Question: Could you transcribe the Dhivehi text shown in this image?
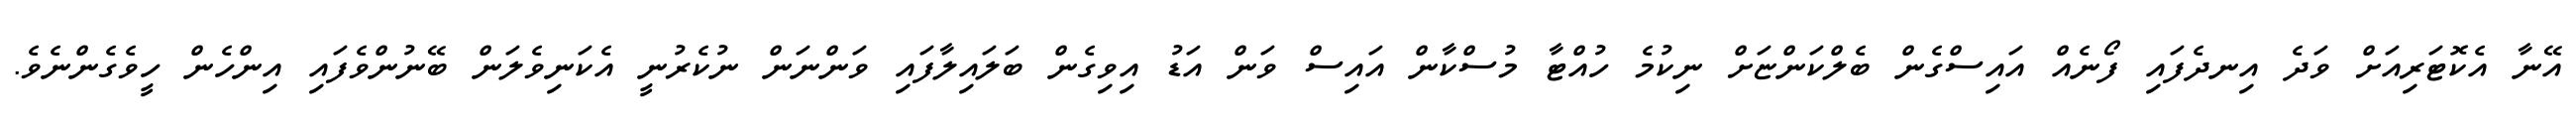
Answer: އޭނާ އެކޮޓަރިއަށް ވަދެ އިނދެފައި ފޯނެއް އައިސްގެން ބެލްކަންޏަށް ނިކުމެ ހުއްޓާ މުސްކާން އައިސް ވަން އަޑު އިވިގެން ބަލައިލާފައި ވަންނަން ނުކެރުނީ އެކަނިވެލަން ބޭނުންވެފައި އިންހެން ހީވެގެންނެވެ.